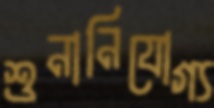
শুনানিযোগ্য